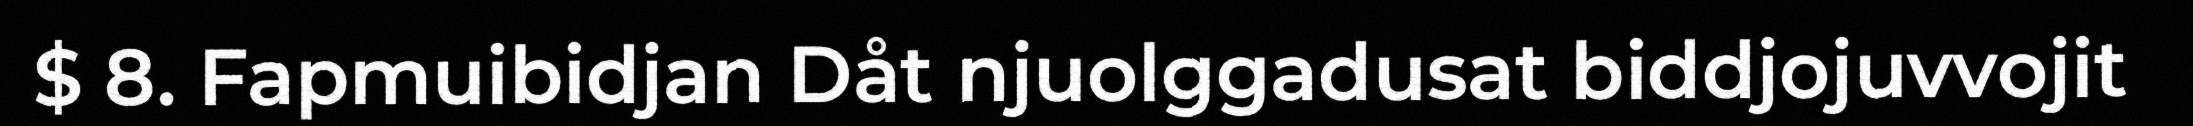
$ 8. Fapmuibidjan Dåt njuolggadusat biddjojuvvojit